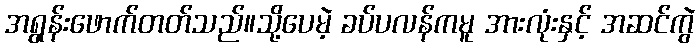
အရွန်းဖောက်တတ်သည်။သို့ပေမဲ့ ခပ်ပလန်ကမူ အားလုံးနှင့် အဆင်ကွဲ